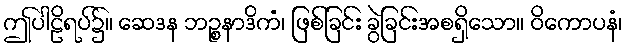
ဤပါဠိရပ်၌။ ဆေဒန ဘဉ္စနာဒိကံ၊ ဖြစ်ခြင်း ခွဲခြင်းအစရှိသော။ ဝိကောပနံ၊